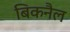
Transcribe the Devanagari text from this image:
बिकनैल